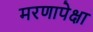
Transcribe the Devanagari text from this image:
मरणापेक्षा